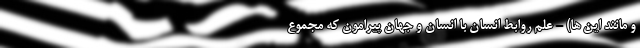
و مانند این ها) - علم روابط انسان با انسان و جهان پیرامون که مجموع